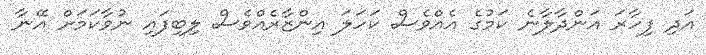
އަދި ފިހާރަ އަންދާލާނެ ކަމުގެ އެއްވެސް ކަހަލަ އިންޒާރެއްވެސް ލިބިފައި ނުވާކަމަށް އޭނާ